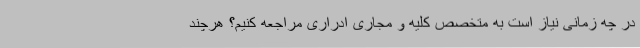
در چه زمانی نیاز است به متخصص کلیه و مجاری ادراری مراجعه کنیم؟ هرچند